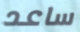
ساعد